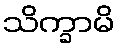
သိက္ခာမိ